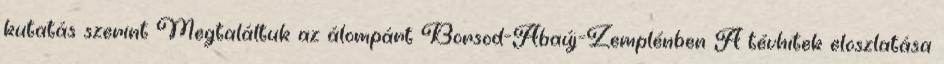
kutatás szerint Megtaláltuk az álompárt Borsod-Abaúj-Zemplénben A tévhitek eloszlatása